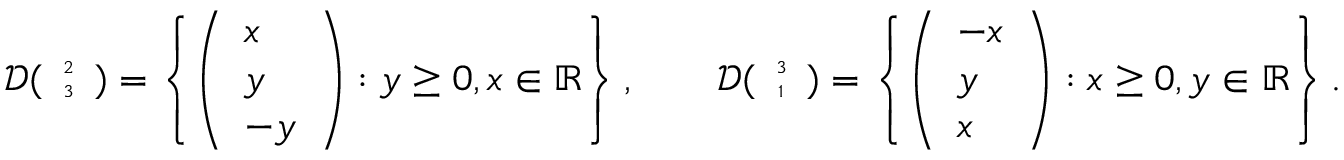
\mathcal { D } ( { \tiny \begin{array} { c c } { 2 } \\ { 3 } \end{array} } ) = \left\{ \left( \begin{array} { l } { x } \\ { y } \\ { - y } \end{array} \right) : y \geq 0 , x \in \mathbb { R } \right\} , \qquad \mathcal { D } ( { \tiny \begin{array} { c c } { 3 } \\ { 1 } \end{array} } ) = \left\{ \left( \begin{array} { l } { - x } \\ { y } \\ { x } \end{array} \right) : x \geq 0 , y \in \mathbb { R } \right\} .